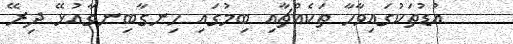
އުޑުތަކުގައިވާހާ ތަކެއްޗާއި ބިމުގައި ހިނގާބިނގާއުޅޭ ދިރޭ